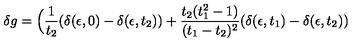
\delta g = \Big ( { \frac { 1 } { t _ { 2 } } } ( \delta ( \epsilon , 0 ) - \delta ( \epsilon , t _ { 2 } ) ) + { \frac { t _ { 2 } ( t _ { 1 } ^ { 2 } - 1 ) } { ( t _ { 1 } - t _ { 2 } ) ^ { 2 } } } ( \delta ( \epsilon , t _ { 1 } ) - \delta ( \epsilon , t _ { 2 } ) )